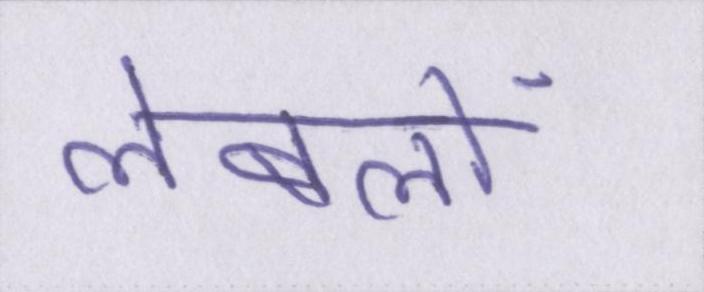
लेबलों